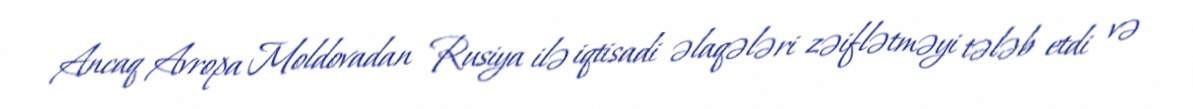
Ancaq Avropa Moldovadan Rusiya ilə iqtisadi əlaqələri zəiflətməyi tələb etdi və